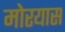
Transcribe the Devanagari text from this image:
मोरयास